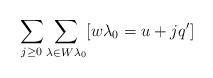
LaTeX: \begin{gather*} \sum_{j\ge 0} \sum_{\lambda\in W\lambda_0} [w\lambda_0=u+jq'] \end{gather*}